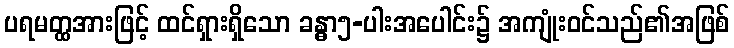
ပရမတ္ထအားဖြင့် ထင်ရှားရှိသော ခန္ဓာ၅-ပါးအပေါင်း၌ အကျုံးဝင်သည်၏အဖြစ်